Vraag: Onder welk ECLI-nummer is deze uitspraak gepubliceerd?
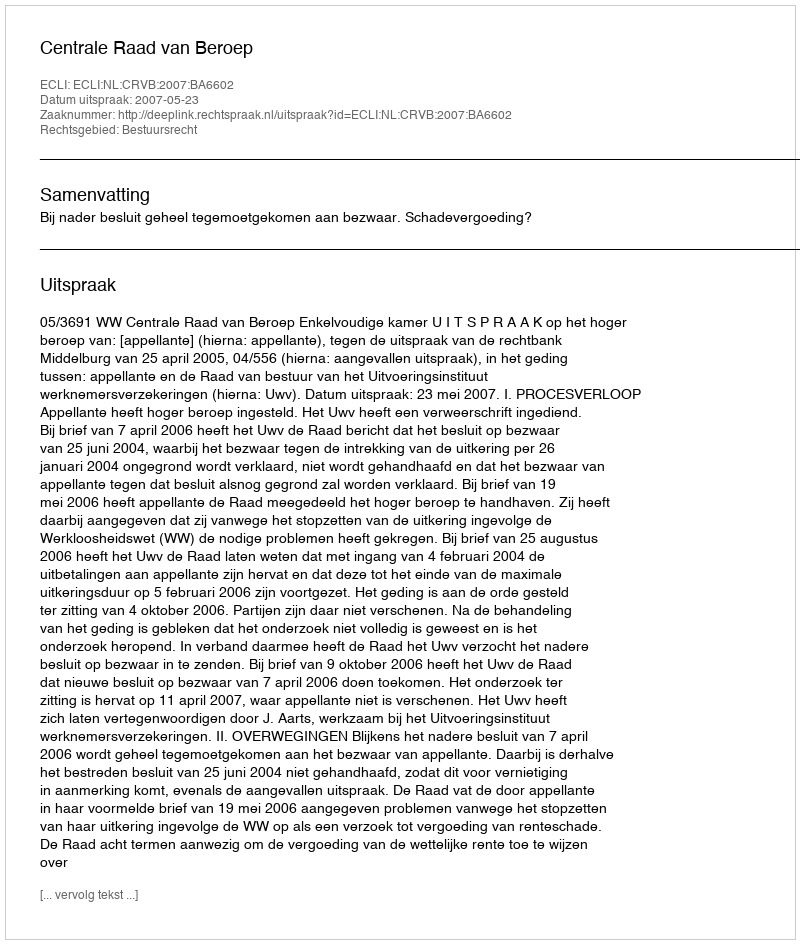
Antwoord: ECLI:NL:CRVB:2007:BA6602